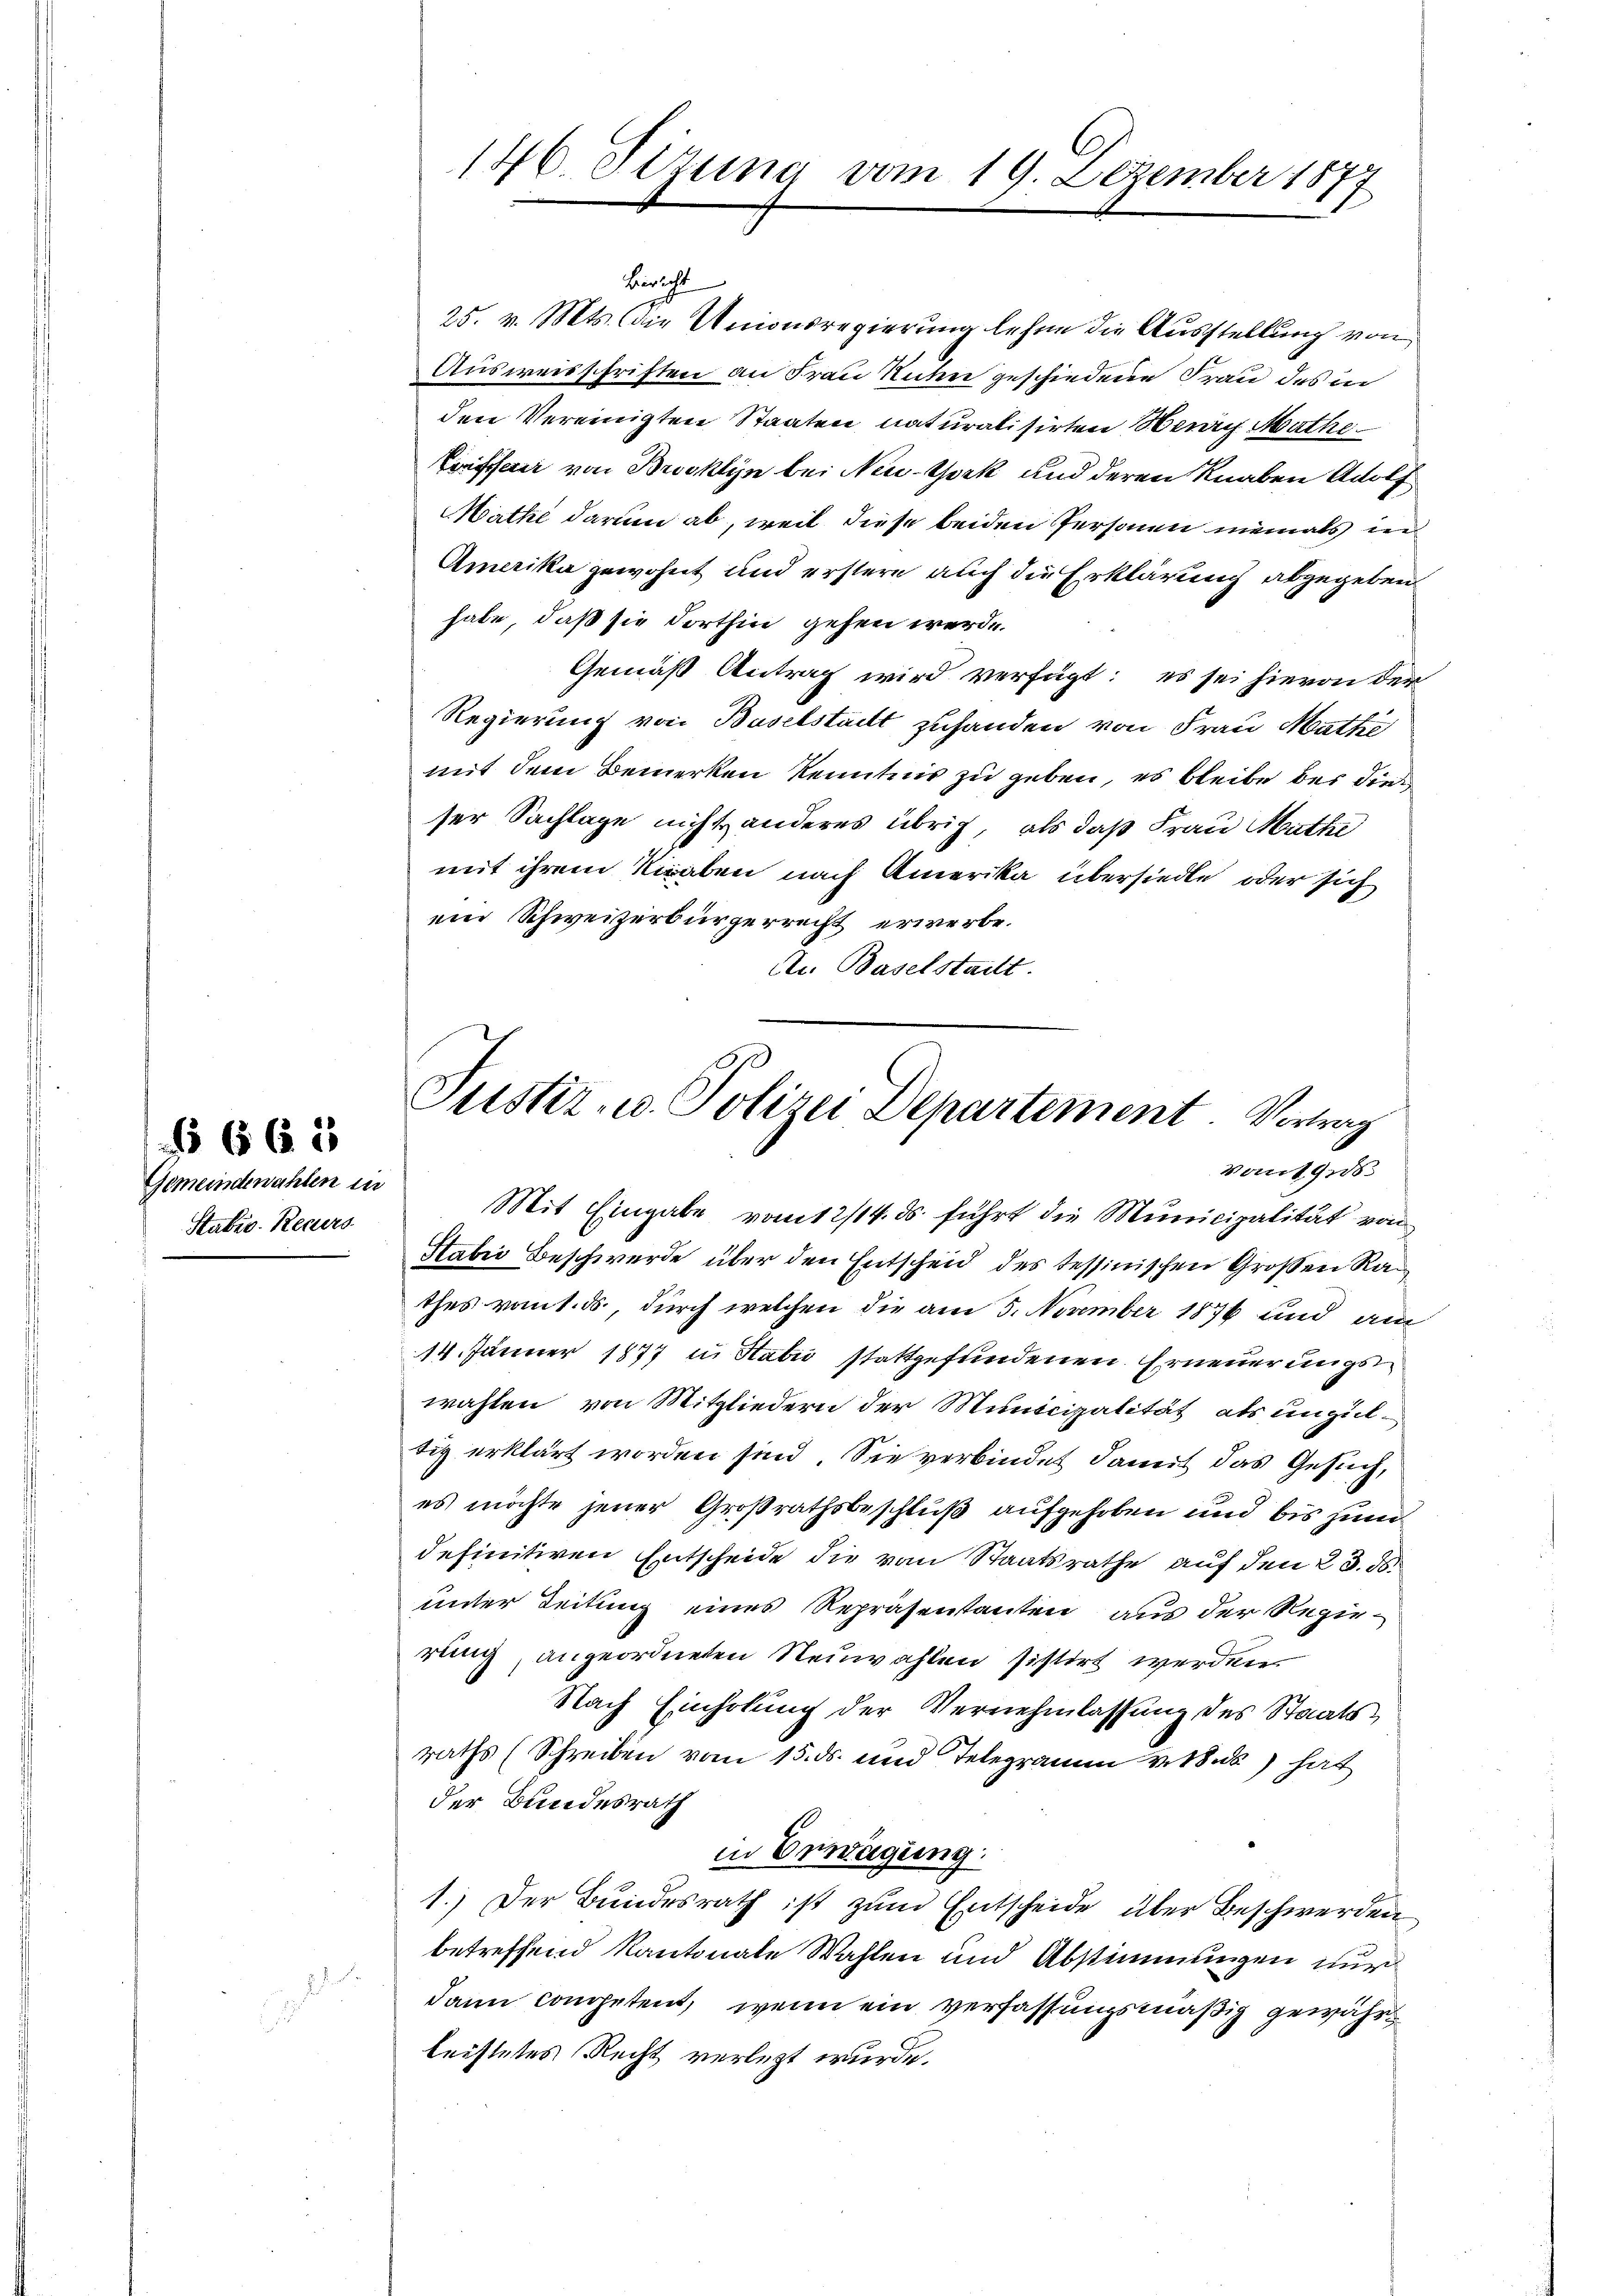
Gemeindewahlen in
Stabis. Recurs

No 663

25. v. Mts. die Unionsregierung lehne die Ausstellung von
Ausweisschriften an Frau Unten geschiedene Frau des in
den Vereinigten Staaten naturalisirten Berg Mathe
Coiffen von Brooklyn bei Neu-York und deren Knaben Adolf
Mathe darum ab, weil diese beiden Personen niemals in
Amerika gewohnt und erstere auch die Erklärung abgegeben.
habe, daß sie dorthin gehen werde.
Gemäß Antrag wird verfügt: es sei hievon der
Regierung von Baselstadt zuhanden von Frau Mathi
mit dem Bemerken kenntnis zu geben, es bleibe bei dies
ser Sachlage nicht anderes übrig, als daß Frau Mathe
mit ihrem Kiraben nach Amerika übersiedle oder sich
eier Schweizerbürgerrecht erwerbe.
An Baselstadt.

Mit Eingabe vom 12/14. ds. führt die Municipalität von
Habri Beschwerde über den Entscheid des tessinischen Großen Ran
thes vom 1. ds., durch welchen die am 5. November 1876 und am
14. Jänner 1877 in Sabić stattgefundenen Erneuerungs
wählen, von Mitgliedern der Municipalität als unzultig erklärt worden sind. Sie verbindet damit das Gesuch,
es möchte jener Großrathsbeschluß aufgehoben und bis zum
definitiven Entscheide die von Staatsrathe auf den 23. 18.
unter Zeitung eines Repräsentanten aus der Regierung, angeordneten Neuwahlen sistirt werden.
Nach Einholung der Vernehmlassung des Staatsraths (Schreiben vom 15. ds. und Telegramm votus) hat
der Bundesrath
in Erwägung:
1.) Der Bundesrath ist zum Entscheide über Beschwerden
betreffend Kantonale Wahlen und Abstimmungen nur
dann competent, wenn ein Verfassungsmäßig gewährt
leistetes Recht verletzt wurde.

146. Sitzung vom 19. Dezember 1877

Justiz- u. Polizei Departement. Vortrag
vom 19.

Bericht